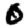
Digit: 0